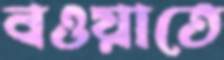
বওয়াতে